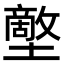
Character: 𡒱